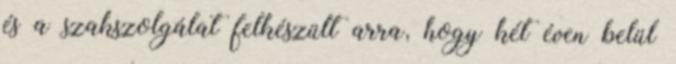
és a szakszolgálat felkészült arra, hogy két éven belül